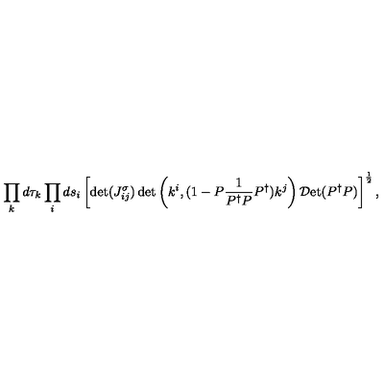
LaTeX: \displaystyle \prod _ { k } d \tau _ { k } \prod _ { i } d s _ { i } \left[ \det ( J _ { i j } ^ { \sigma } ) \det \left( k ^ { i } , ( 1 - P \frac { 1 } { P ^ { \dag } P } P ^ { \dag } ) k ^ { j } \right) { \cal D } \mathrm { e t } ( P ^ { \dag } P ) \right] ^ { \frac { 1 } { 2 } } ,